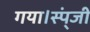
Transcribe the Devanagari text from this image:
गया।स्प्ंजी